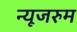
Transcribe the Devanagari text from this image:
न्यूजरुम